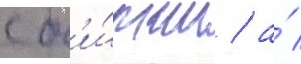
с б'и́ржи / а́